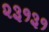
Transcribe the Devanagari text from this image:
२३१३१